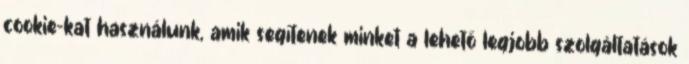
cookie-kat használunk, amik segítenek minket a lehető legjobb szolgáltatások